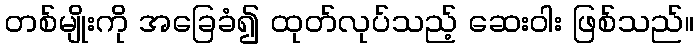
တစ်မျိုးကို အခြေခံ၍ ထုတ်လုပ်သည့် ဆေးဝါး ဖြစ်သည်။